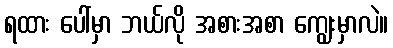
ရထား ပေါ်မှာ ဘယ်လို အစားအစာ ကျွေးမှာလဲ။